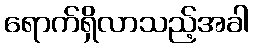
ရောက်ရှိလာသည့်အခါ